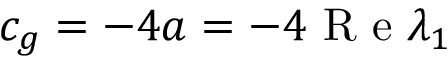
c _ { g } = - 4 a = - 4 \mathrm { ~ R ~ e ~ } \lambda _ { 1 }